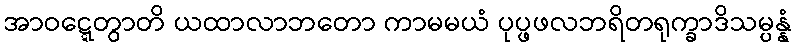
အာဝဋ္ဋေတွာတိ ယထာလာဘတော ကာမမယံ ပုပ္ဖဖလဘရိတရုက္ခာဒိသမ္ပန္နံ